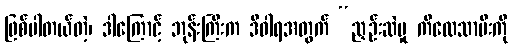
ဖြစ်ပါတယ်တဲ့၊ ဒါကြောင့် ဘုန်းကြီးက ဒီဝါရအတွက် “ညှဉ်းဆဲမှု ကိလေသာမီးကို